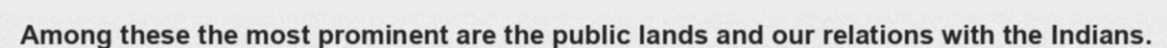
Among these the most prominent are the public lands and our relations with the Indians.